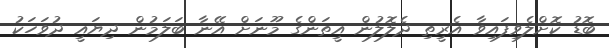
ބޮޑު ކޮށްލެވިފައިވާ އެރީތި ދެލޮލުން އީތަންގެ މޫނަށް އޭނާ ބަލަމުން ދިޔައީ ދުވަހަކު